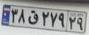
۳۸ق۲۷۹۲۹